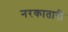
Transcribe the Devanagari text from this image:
नरकातारी